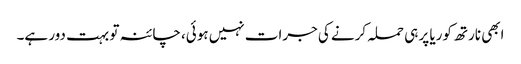
ابھی نارتھ کوریا پر ہی حملہ کرنے کی جرات نہیں ہوئی، چائنہ تو بہت دور ہے۔